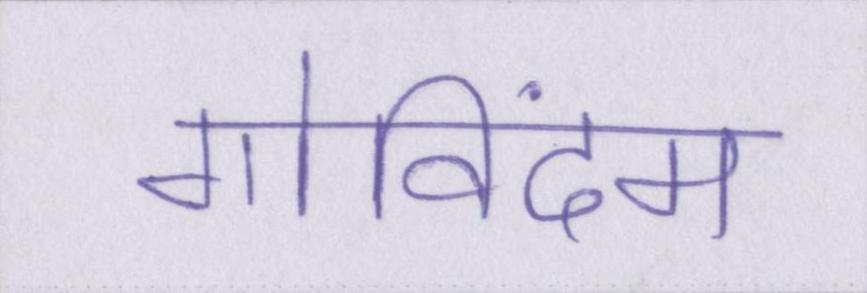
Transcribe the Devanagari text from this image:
गोविंदम